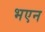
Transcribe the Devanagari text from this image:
भएन